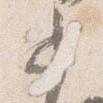
少